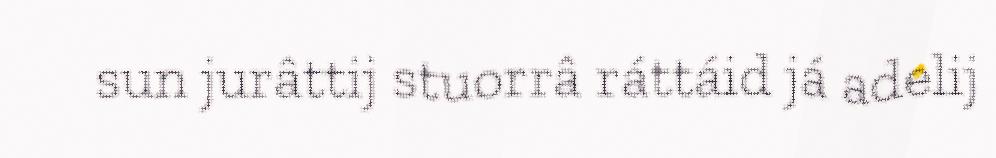
sun jurâttij stuorrâ ráttáid já adelij